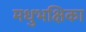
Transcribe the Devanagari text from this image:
मधुभक्षिका